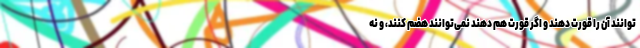
توانند آن را قورت دهند و اگر قورت هم دهند نمی‌توانند هضم کنند، و نه